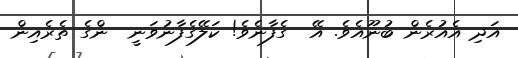
އަދި އެއުރެން ބުނޫއެވެ. އޭ  ގެފާނެވެ! ކަލޭގެފާނުވަނީ  ންގެ ތެރެއިން